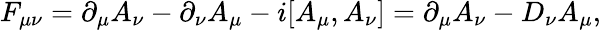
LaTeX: F_{\mu\nu}=\partial_{\mu}A_{\nu}-\partial_{\nu}A_{\mu}-i[A_{\mu},A_{\nu}]=\partial_{\mu}A_{\nu}-D_{\nu}A_{\mu},